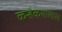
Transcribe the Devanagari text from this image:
कन्हैकयालाल